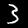
Label: 3